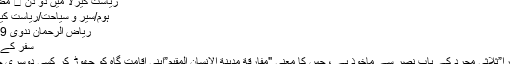
ریاست کیرلا میں دو دن ⋆ مضامین ڈاٹ کام
ہوم/سیر و سیاحت/ریاست کیرلا میں دو دن
ریاض الرحمان ندوی 03/02/2019
سفر کے معنی و مفہوم
لفظ "سفر، سفورا”ثلاثی مجرد کے باب نصر سے ماخوذ ہے ، جس کا معنی "مفارقة مدينة الإنسان المقيم”اپنی اقامت گاہ کو چھوڑ کر کسی دوسری جگہ سفر کرنا۔